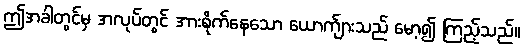
ဤအခါတွင်မှ အလုပ်တွင် အားစိုက်နေသော ယောက်ျားသည် မော့၍ ကြည့်သည်။